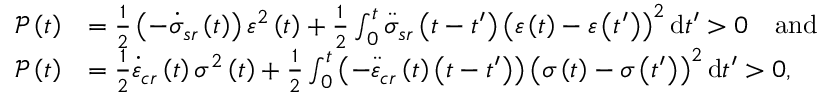
\begin{array} { r l } { \mathcal { P } \left( t \right) } & { = \frac { 1 } { 2 } \left( - \dot { \sigma } _ { s r } \left( t \right) \right) \varepsilon ^ { 2 } \left( t \right) + \frac { 1 } { 2 } \int _ { 0 } ^ { t } \ddot { \sigma } _ { s r } \left( t - t ^ { \prime } \right) \left( \varepsilon \left( t \right) - \varepsilon \left( t ^ { \prime } \right) \right) ^ { 2 } \mathrm { d } t ^ { \prime } > 0 \quad \mathrm { a n d } } \\ { \mathcal { P } \left( t \right) } & { = \frac { 1 } { 2 } \dot { \varepsilon } _ { c r } \left( t \right) \sigma ^ { 2 } \left( t \right) + \frac { 1 } { 2 } \int _ { 0 } ^ { t } \left( - \ddot { \varepsilon } _ { c r } \left( t \right) \left( t - t ^ { \prime } \right) \right) \left( \sigma \left( t \right) - \sigma \left( t ^ { \prime } \right) \right) ^ { 2 } \mathrm { d } t ^ { \prime } > 0 , } \end{array}